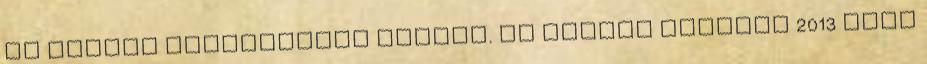
év azonos időszakához képest. Az adatok szerint 2013 első